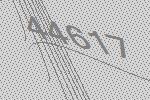
44617